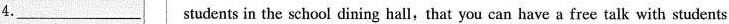
4.___students in the school dining hall,that you can have a free talk with students